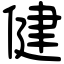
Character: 健